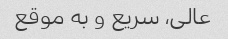
عالی، سریع و به موقع